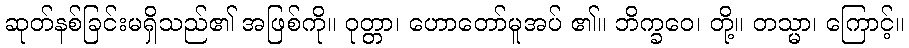
ဆုတ်နစ်ခြင်းမရှိသည်၏ အဖြစ်ကို။ ဝုတ္တာ၊ ဟောတော်မူအပ် ၏။ ဘိက္ခဝေ၊ တို့။ တသ္မာ၊ ကြောင့်။